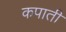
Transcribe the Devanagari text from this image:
कपाती